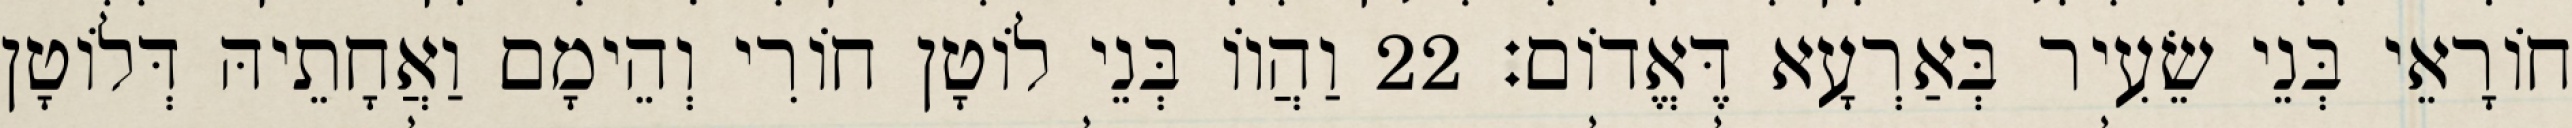
חוֹרָאֵי בְּנֵי שֵׂעִיר בְּאַרְעָא דֶּאֱדוֹם׃ 22 וַהֲווֹ בְּנֵי לוֹטָן חוֹרִי וְהֵימָם וַאֲחָתֵיהּ דְּלוֹטָן